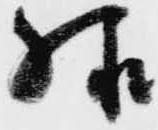
様